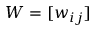
W = [ w _ { i j } ]